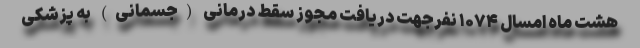
هشت ماه امسال ۱۰۷۴ نفرجهت دریافت مجوز سقط درمانی (جسمانی) به پزشکی